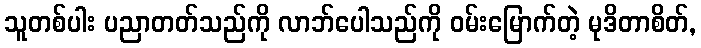
သူတစ်ပါး ပညာတတ်သည်ကို လာဘ်ပေါသည်ကို ဝမ်းမြောက်တဲ့ မုဒိတာစိတ်,